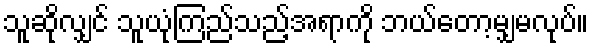
သူဆိုလျှင် သူယုံကြည်သည့်အရာကို ဘယ်တော့မျှမလုပ်။